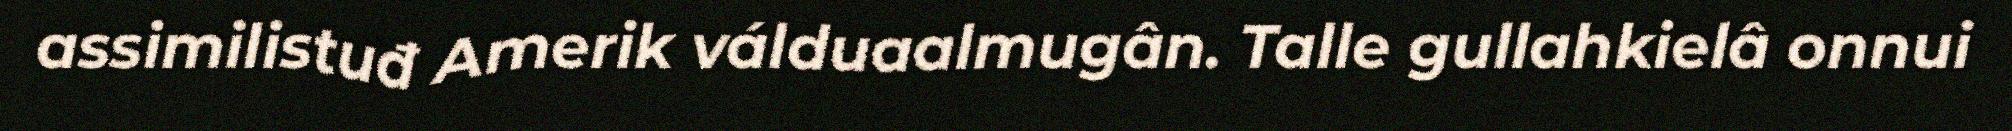
assimilistuđ Amerik válduaalmugân. Talle gullahkielâ onnui